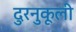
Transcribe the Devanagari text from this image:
दुरनुकूली